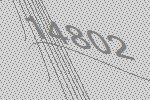
14802